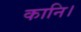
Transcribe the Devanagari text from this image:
कानि।